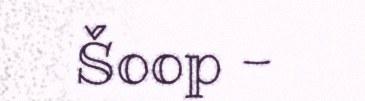
Šoop -